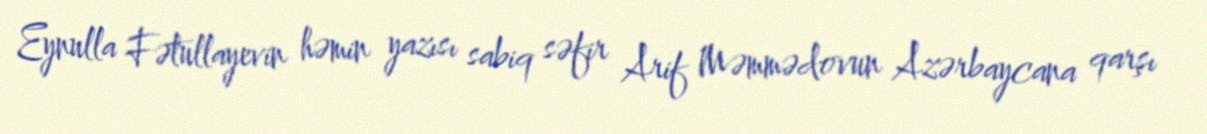
Eynulla Fətullayevin həmin yazısı sabiq səfir Arif Məmmədovun Azərbaycana qarşı